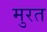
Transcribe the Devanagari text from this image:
मुरत